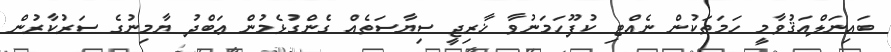
ބައިނަލްއަޤުވާމީ ހަމަތަކުން ނެއްޓި ކުފޫހަމަނުވާ ޚާރިޖީ ސިޔާސަތެއް ގެންގުޅެމުން ޢަބްދު ޔާމިނުގެ ސަރުކާރުން